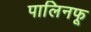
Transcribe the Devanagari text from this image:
पालिनफू